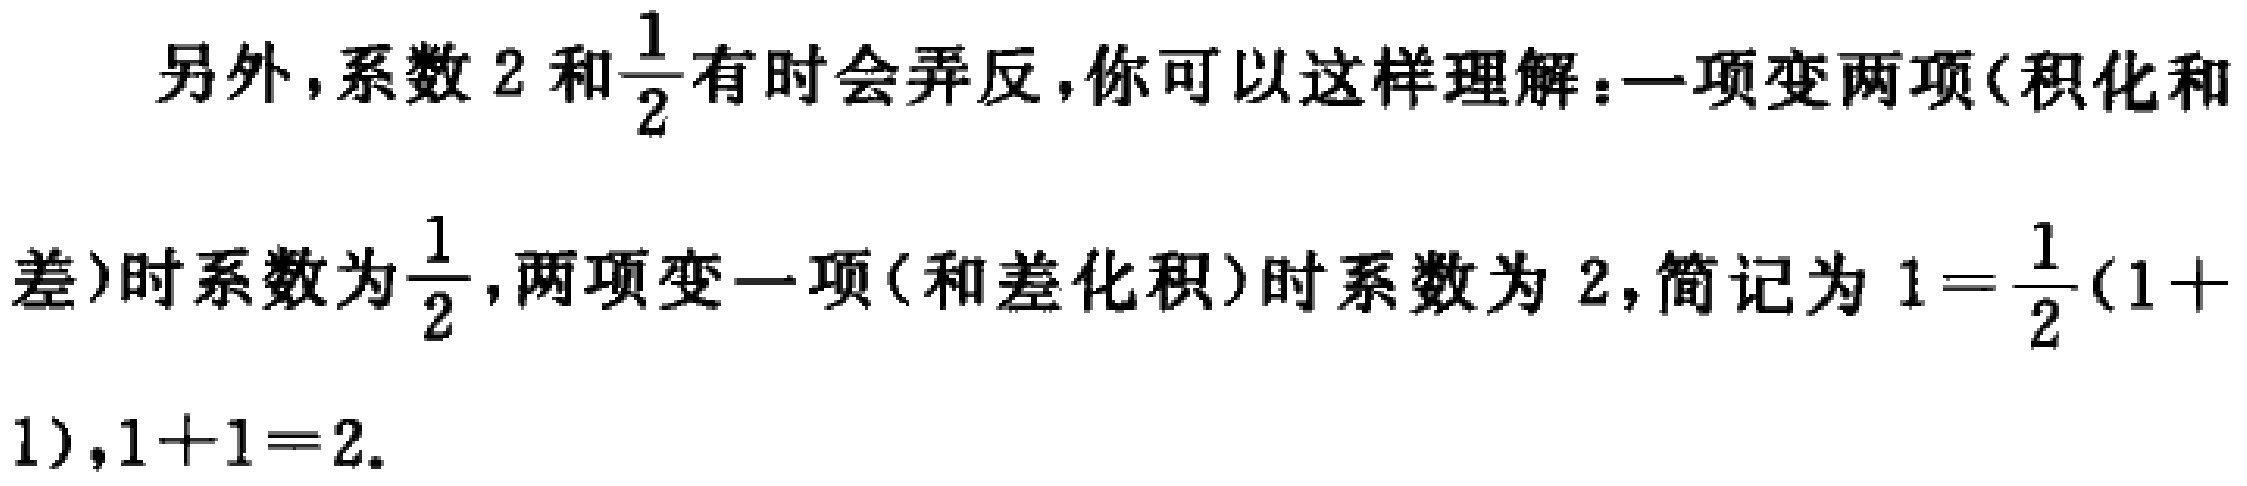
另外，系数 \(2\) 和 \(\frac{1}{2}\) 有时会弄反，你可以这样理解：一项变两项(积化和差)时系数为 \(\frac{1}{2}\)，两项变一项(和差化积)时系数为 \(2\)，简记为 \(1 = \frac{1}{2}(1 + 1)\)，\(1 + 1 = 2\).